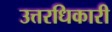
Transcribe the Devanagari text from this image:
उत्तरधिकारी